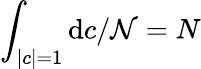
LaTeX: \int_{|c|=1}{\mathrm{d}c}/{\mathcal{N}}=N